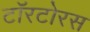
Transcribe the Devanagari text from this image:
टॉरटोरस